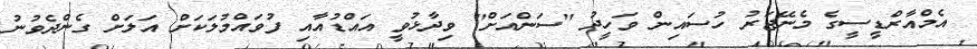
އެމްއާރްޑީސީގެ މެނޭޖަރު ހުސައިން ވަހީދު ''ސަންއަށް'' ވިދާޅުވީ އައްޑުއާއި ފުވައްމުލަކަށް އަލަށް ގެންދެވުނު